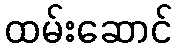
ထမ်းဆောင်